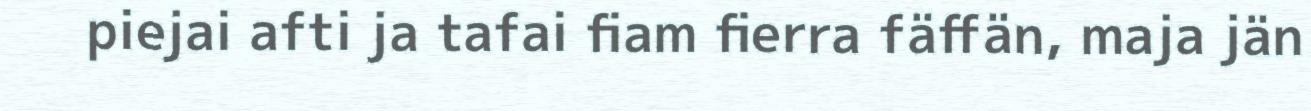
piejai afti ja tafai fiam fierra fäffän, maja jän